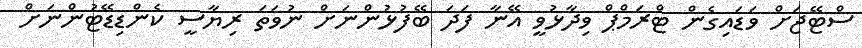
ސްޓޭޖަށް ވަޑައިގެން ޓްރަމްޕް ވިދާޅުވީ އޭނާ ފަދަ ބޭފުޅުންނަށް ނުވަތަ ރިޔާސީ ކެންޑިޑޭޓުންނަށް